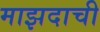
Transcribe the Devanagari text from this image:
माझदाची